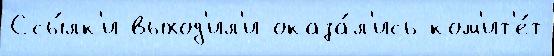
Ссы́лк'и выход'ил'и оказа́л'ись ком'ит'е́т